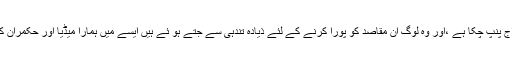
جب ہر طرف قائد اعظم کی ذات کو لے کر زہر اگلنے کا رواج پنپ چکا ہے ،اور وہ لوگ ان مقاصد کو پورا کرنے کے لئے ذیادہ تندہی سے جُتے ہو ئے ہیں ایسے میں ہمارا میڈیا اور حکمران کمبل منہ پر ڈالے صرف اپنی اپنی ذات میں گھسے ہو ئے ہیں۔